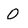
Character: O